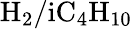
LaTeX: \mathrm{H_{2}/iC_{4}H_{10}}